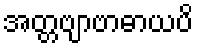
အတ္တဗျာဗာဓာယပိ